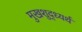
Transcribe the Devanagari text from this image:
मुखशुद्ध्यर्थ